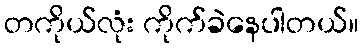
တကိုယ်လုံး ကိုက်ခဲနေပါတယ်။